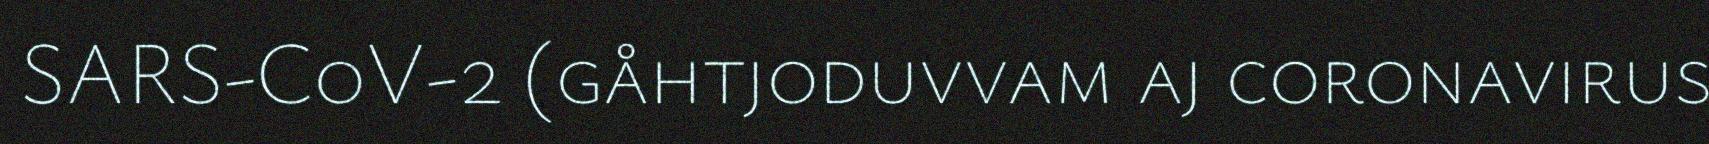
SARS-CoV-2 (gåhtjoduvvam aj coronavirus